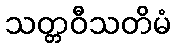
သတ္တဝီသတိမံ